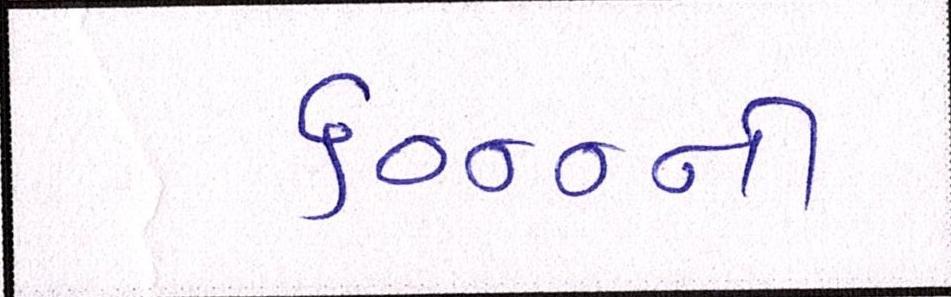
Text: ૬૦૦૦ની